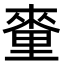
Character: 𨤭